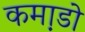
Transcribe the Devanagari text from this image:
कमा़डो